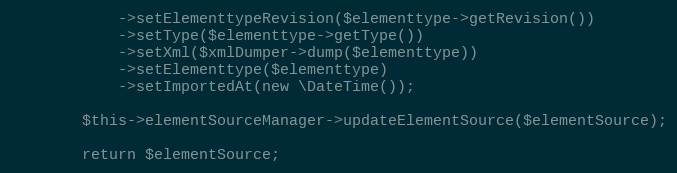
Language: PHP
            ->setElementtypeRevision($elementtype->getRevision())
            ->setType($elementtype->getType())
            ->setXml($xmlDumper->dump($elementtype))
            ->setElementtype($elementtype)
            ->setImportedAt(new \DateTime());

        $this->elementSourceManager->updateElementSource($elementSource);

        return $elementSource;